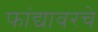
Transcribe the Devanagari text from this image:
फांद्यावरचे